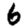
Digit: 6